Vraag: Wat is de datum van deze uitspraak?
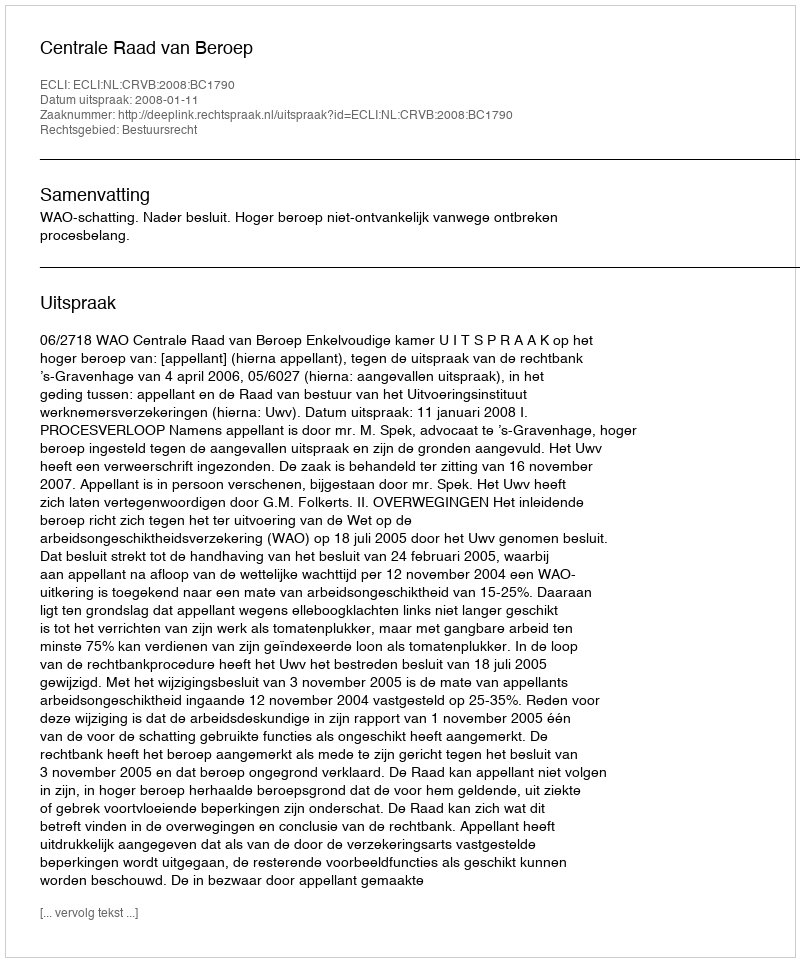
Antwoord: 2008-01-11